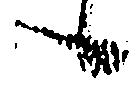
候